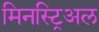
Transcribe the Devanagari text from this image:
मिनस्ट्रिअल